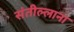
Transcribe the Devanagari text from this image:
संतील्लाना